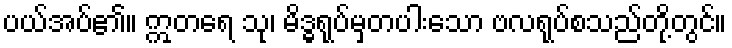
ပယ်အပ်၏။ ဣတရေ သု၊ မိဒ္ဓရုပ်မှတပါးသော ဗလရုပ်စသည်တို့တွင်။